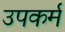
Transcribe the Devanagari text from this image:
उपकर्म